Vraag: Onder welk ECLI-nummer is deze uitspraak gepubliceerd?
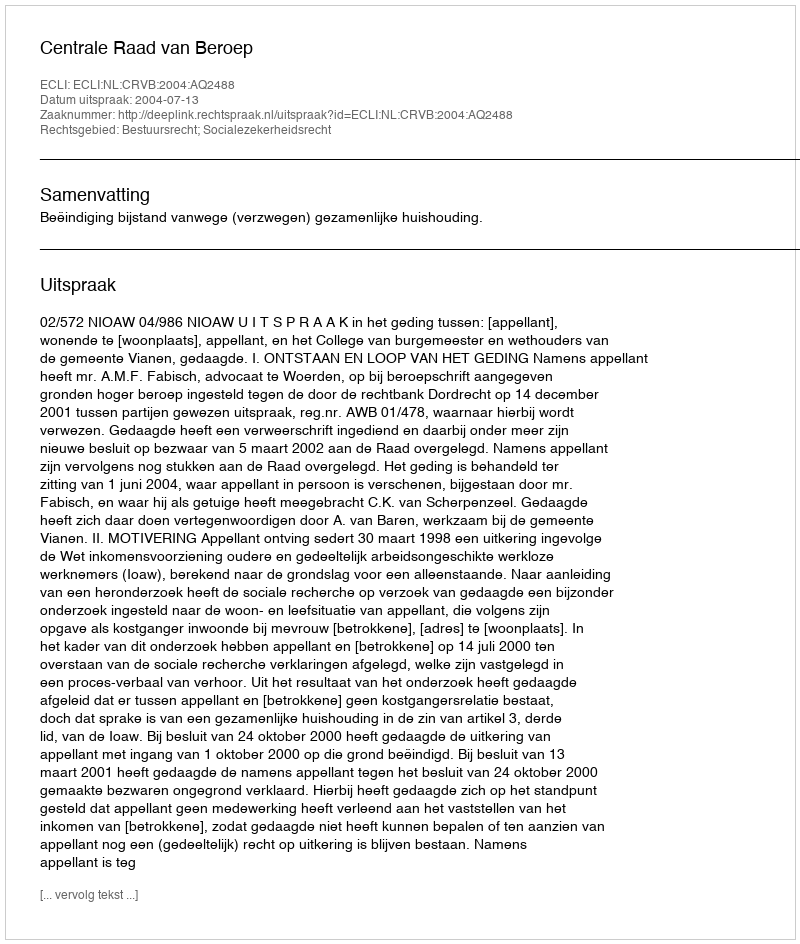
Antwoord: ECLI:NL:CRVB:2004:AQ2488